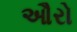
ઔરો